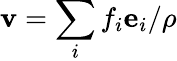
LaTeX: \mathbf{v}=\sum_{i}f_{i}\mathbf{e}_{i}/\rho